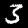
Digit: 3